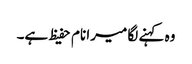
وہ کہنے لگا میرا نام حفیظ ہے۔